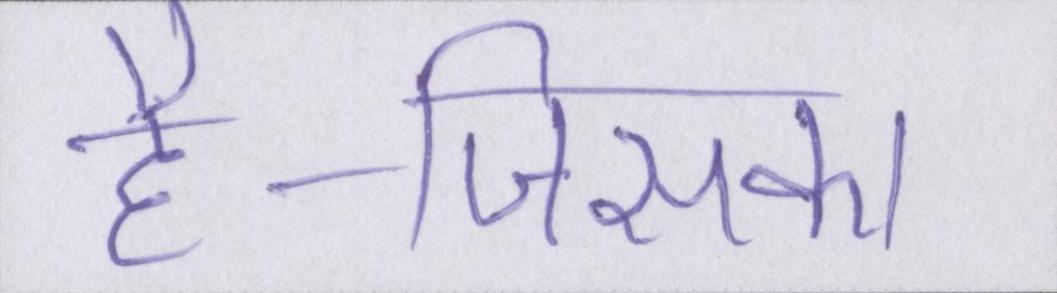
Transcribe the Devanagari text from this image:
है-जिसका